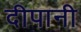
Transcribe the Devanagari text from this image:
दीपानी